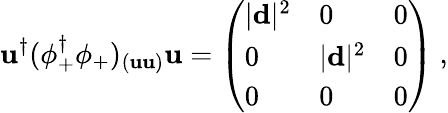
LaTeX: \mathbf{u}^{\dagger}(\phi_{+}^{\dagger}\phi_{+})_{(\mathbf{u}\mathbf{u})}\mathbf{u}=\left(\begin{array}{lll}{{|{\mathbf d}|^{2}}}&{{0}}&{{0}}\\ {{0}}&{{|{\mathbf d}|^{2}}}&{{0}}\\ {{0}}&{{0}}&{{0}}\end{array}\right)\ ,